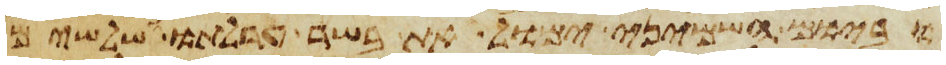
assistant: וביום השמיני ימול את בשר ערלתו ושלשים